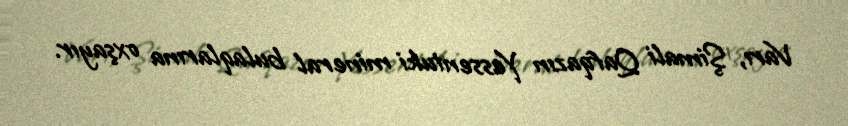
Varı, Şimali Qafqazın Yessentuki mineral bulaqlarına oxşayır.